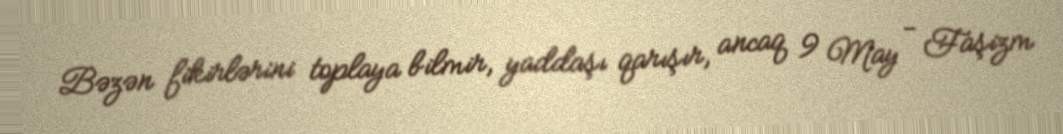
Bəzən fikirlərini toplaya bilmir, yaddaşı qarışır, ancaq 9 May - Faşizm